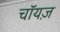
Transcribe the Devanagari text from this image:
चॉयज़